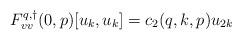
LaTeX: \begin{align*}F^{q,\dagger}_{vv}(0,p)[u_k,u_k] &= c_2(q,k,p) u_{2k}\end{align*}